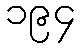
၁၉၄